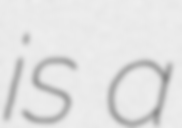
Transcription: is a